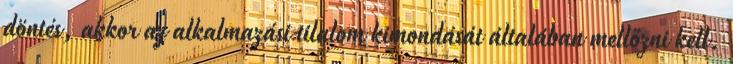
döntés, akkor az alkalmazási tilalom kimondását általában mellőzni kell.